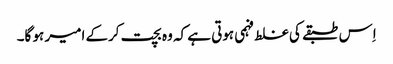
اِس طبقے کی غلط فہمی ہوتی ہے کہ وہ بچت کرکے امیر ہو گا۔